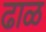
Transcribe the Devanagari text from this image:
ढाळ